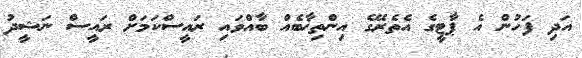
އަދި ފަހުން އެ ޕާޓީގެ އެތެރޭގެ އިންތިޚާބެއް ބާއްވައި ރައީސްކަމަށް ރައީސް ނަޝީދު